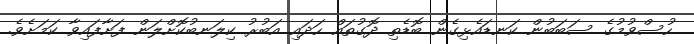
ހުސްވުމުގެ ސަބަބުން ކަނޑައެޅިގެން ބޮޑެތި ދޮގުތައް ހަދައި އަބުރު ކިލަނބުކޮށްލަން ފަށާފައިވާ ކަމަށެވެ.